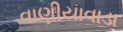
વાણીયાવાડા